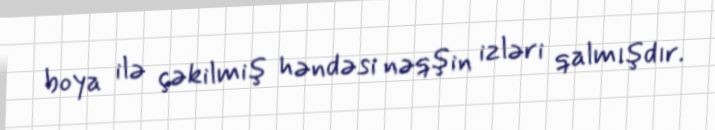
boya ilə çəkilmiş həndəsi nəqşin izləri qalmışdır.